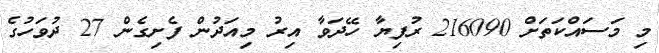
މި މަސައްކަތަށް 216090 ރުފިޔާ ހޭދަވާ އިރު މިއަދުން ފެށިގެން 27 ދުވަހުގެ